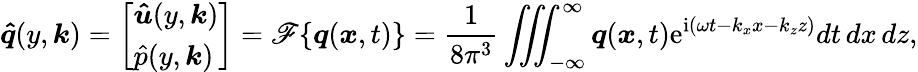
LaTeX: \boldsymbol{\hat{q}}(y,\boldsymbol{k})=\left[\begin{array}{l}{\boldsymbol{\hat{u}}(y,\boldsymbol{k})}\\ {\hat{p}(y,\boldsymbol{k})}\end{array}\right]=\mathscr{F}\{ \boldsymbol{q}(\boldsymbol{x},t)\} =\frac{1}{8\pi^{3}}\iiint_{-\infty}^{\infty}\boldsymbol{q}(\boldsymbol{x},t)\mathrm{e}^{\mathrm{i}(\omega t-k_{x}x-k_{z}z)}dt\, dx\, dz,